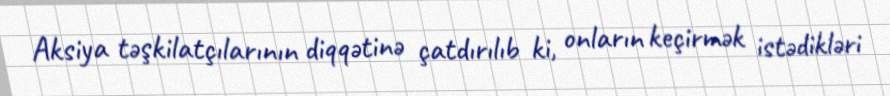
Aksiya təşkilatçılarının diqqətinə çatdırılıb ki, onların keçirmək istədikləri